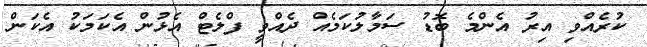
ކުރެއްވި އިރު އެންމެ ބޮޑު ސަމާލުކަމެއް ދެއްވީ ފްލެޓް އެޅުން އެކަމަކު އެކަން